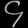
Digit: ၄